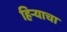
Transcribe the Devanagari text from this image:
हिर्‍याचा